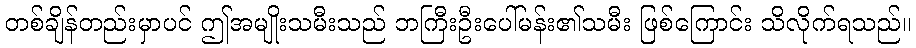
တစ်ချိန်တည်းမှာပင် ဤအမျိုးသမီးသည် ဘကြီးဦးပေါ်မန်း၏သမီး ဖြစ်ကြောင်း သိလိုက်ရသည်။